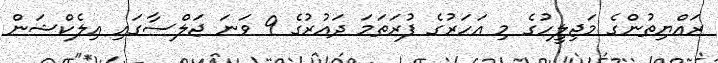
ރައްޔިތުންގެ މަޖިލީހުގެ މި އަހަރުގެ ފުރަތަމަ ދައުރުގެ 9 ވަނަ ޖަލްސާގައި އިލެކްޝަން